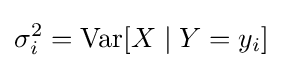
\sigma _{i}^{2}=\operatorname {Var} [X\mid Y=y_{i}]